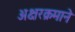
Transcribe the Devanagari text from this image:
अक्षरक्रमाने